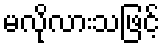
မလိုလားသဖြင့်